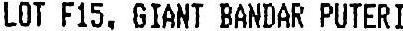
LOT F15, GIANT BANDAR PUTERI